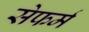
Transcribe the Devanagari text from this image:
सेफर्म